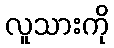
လူသားကို